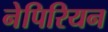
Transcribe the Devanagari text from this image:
नेपिरियन